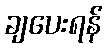
ချပေးရန်